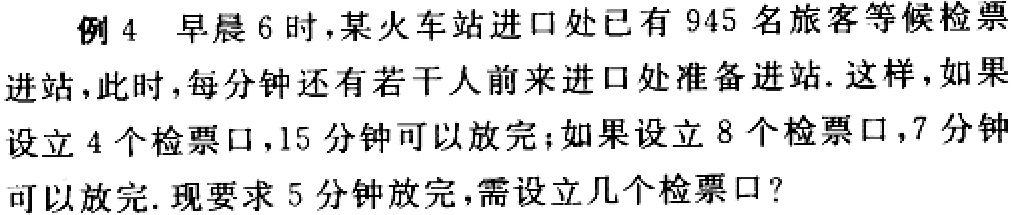
例 4 早晨 6 时，某火车站进口处已有 945 名旅客等候检票
进站，此时，每分钟还有若干人前来进口处准备进站. 这样，如果
设立 4 个检票口，15 分钟可以放完；如果设立 8 个检票口，7 分钟
可以放完. 现要求 5 分钟放完，需设立几个检票口？